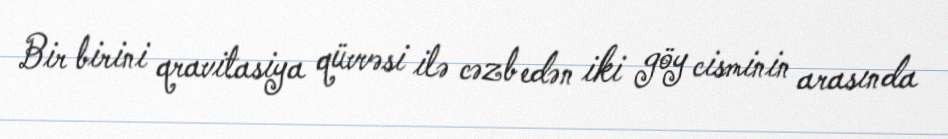
Bir birini qravitasiya qüvvəsi ilə cəzb edən iki göy cisminin arasında